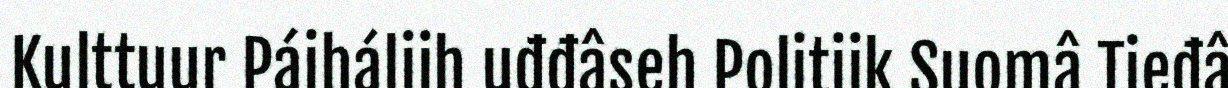
Kulttuur Páiháliih uđđâseh Politiik Suomâ Tieđâ